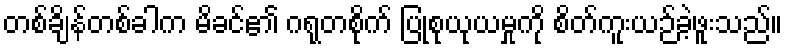
တစ်ချိန်တစ်ခါက မိခင်၏ ဂရုတစိုက် ပြုစုယုယမှုကို စိတ်ကူးယဉ်ခဲ့ဖူးသည်။